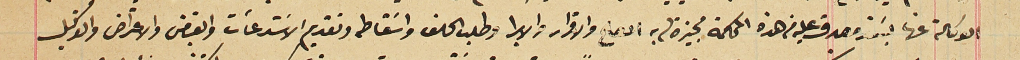
الوكالة عنها بسَند مصدق عليه من هذه المحكمة مجيزة له به الصلح والاقرار والابرا وطلب الحلف واسَقاطه وتقديم الاسَتدعأت والقبض والاعتراض والتوكيل